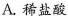
A.稀盐酸